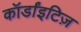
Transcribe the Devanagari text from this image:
कॉर्डांइटिज़